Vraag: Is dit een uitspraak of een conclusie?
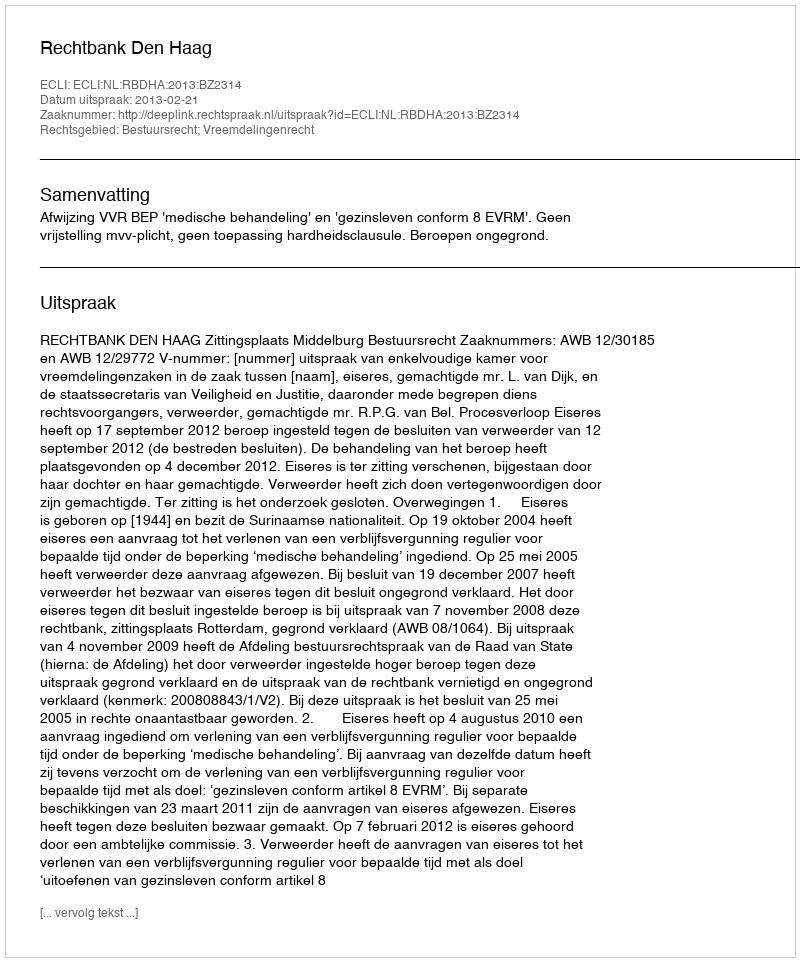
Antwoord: Uitspraak